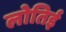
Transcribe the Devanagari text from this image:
लोतिई